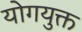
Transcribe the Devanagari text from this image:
योगयुक्त